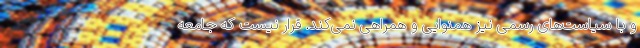
و با سیاست‌های رسمی نیز همنوایی و همراهی نمی‌کند. قرار نیست که جامعه